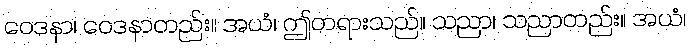
ဝေဒနာ၊ ဝေဒနာတည်း။ အယံ၊ ဤတရားသည်။ သညာ၊ သညာတည်း။ အယံ၊